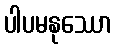
ပါပမနုဿော